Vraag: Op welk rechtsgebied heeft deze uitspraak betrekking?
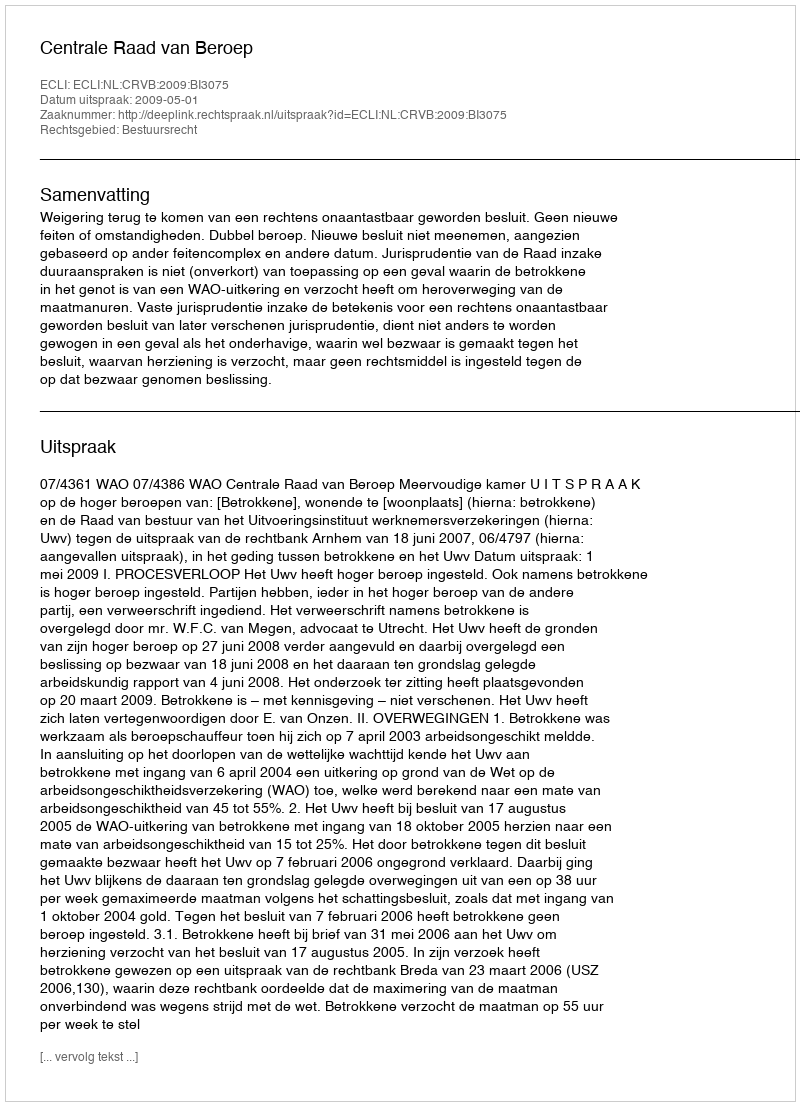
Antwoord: Bestuursrecht